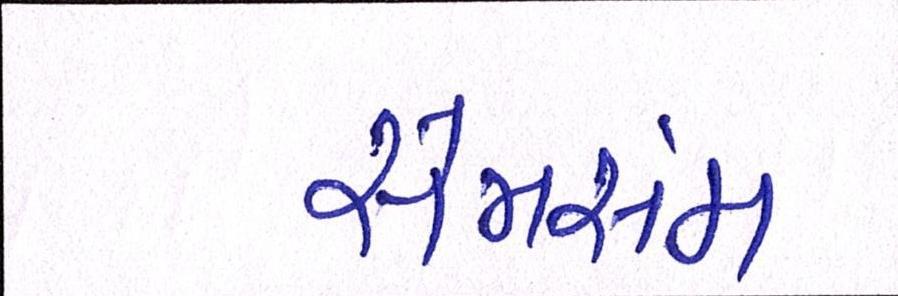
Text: સેમસંમ